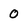
Character: 0